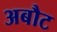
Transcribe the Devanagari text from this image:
अबौट